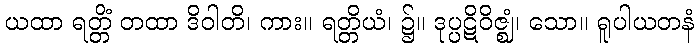
ယထာ ရတ္တိံ တထာ ဒိဝါတိ၊ ကား။ ရတ္တိယံ၊ ၌။ ဒုပ္ပဋိဝိဇ္ဈံ၊ သော။ ရူပါယတနံ